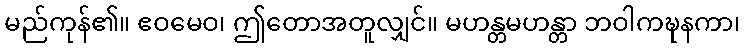
မည်ကုန်၏။ ဧဝမေဝ၊ ဤတောအတူလျှင်။ မဟန္တမဟန္တာ ဘဝါကဍ္ဎနကာ၊